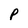
Character: p